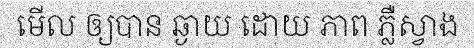
មើល ឲ្យបាន ឆ្ងាយ ដោយ ភាព ភ្លឺស្វាង